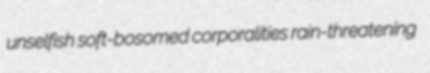
unselfish soft-bosomed corporalities rain-threatening